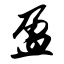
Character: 盈